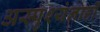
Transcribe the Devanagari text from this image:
अस्पृश्यंनाही